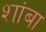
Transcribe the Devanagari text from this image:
शांबा